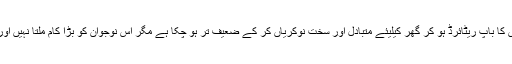
میں ایک ایسے نوجوان کو جانتا ہوں جس کا باپ ریٹائرڈ ہو کر گھر کیلیئے متبادل اور سخت نوکریاں کر کے ضعیف تر ہو چکا ہے مگر اس نوجوان کو بڑا کام ملتا نہیں اور چھوٹے کام کرتے ہوئے شرم آتی ہے۔